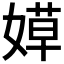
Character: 𰌐